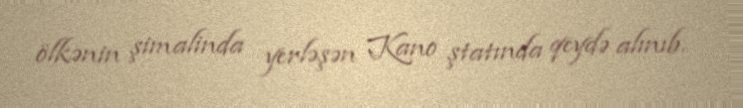
ölkənin şimalinda yerləşən Kano ştatında qeydə alınıb.